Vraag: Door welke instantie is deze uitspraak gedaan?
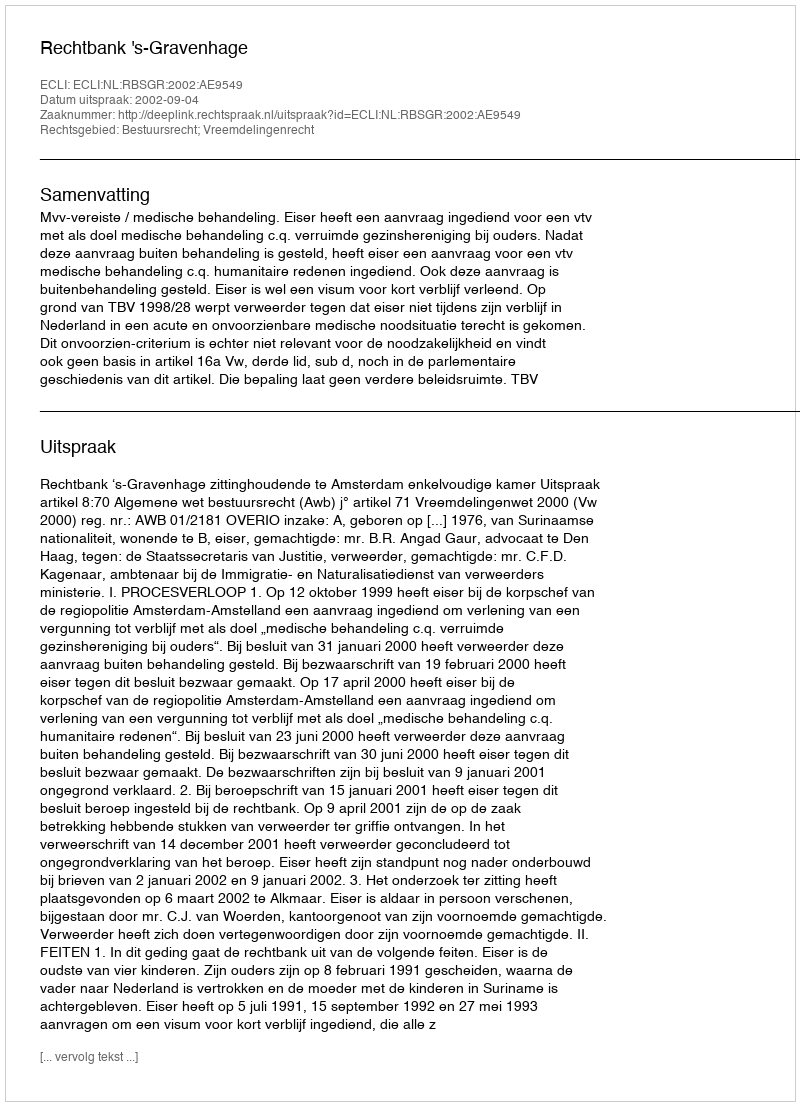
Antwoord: Rechtbank 's-Gravenhage